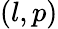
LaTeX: (l,p)